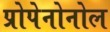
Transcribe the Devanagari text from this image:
प्रोपेनोनोल